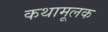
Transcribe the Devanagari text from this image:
कथामूलक